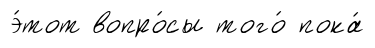
э́тот вопро́сы того́ пока́